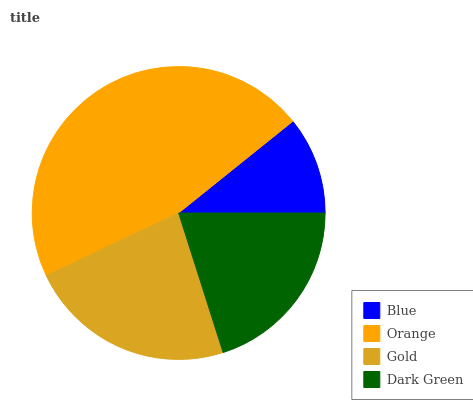
| Blue | Orange | Gold | Dark Green |
 | --- | --- | --- | --- |
 | 10.8% | 46.3% | 22.9% | 20% |